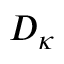
D _ { \kappa }